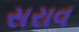
સરાવ